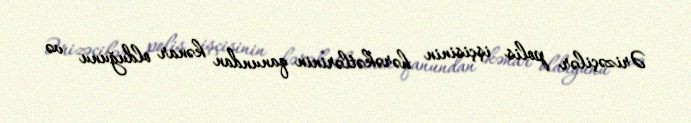
Ərizəçilər polis işçisinin hərəkətlərinin qanundan kənar olduğunu və